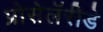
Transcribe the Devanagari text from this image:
प्रोसेलॅरीडे